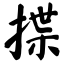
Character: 揲